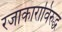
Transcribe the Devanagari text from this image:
रजाकाराविरुद्ध